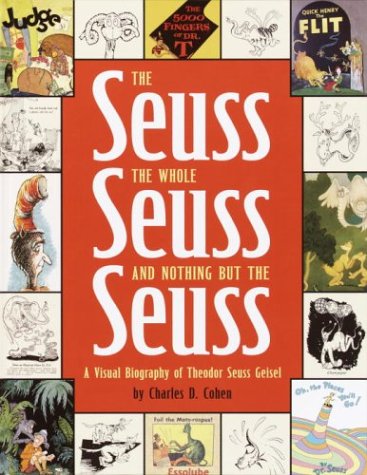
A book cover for The Seuss, the Whole Seuss and Nothing But the Seuss: A Visual Biography of Theodor Seuss Geisel; Charles Cohen; Teen & Young Adult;